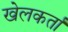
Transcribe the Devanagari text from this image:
खेलकर्ता